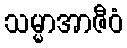
သမ္မာအာဇီဝံ